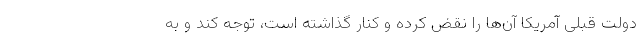
دولت قبلی آمریکا آن‌ها را نقض کرده و کنار گذاشته است، توجه کند و به